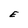
Character: E